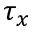
\tau _ { x }